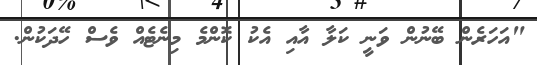
"އަހަރެން ބޭނުން ވަނީ ކަލާ އާއި އެކު ކޮންމެ މިނެޓެއް ވެސް ހޭދަކުން.